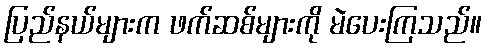
ပြည်နယ်များက ဖက်ဆစ်များကို မဲပေးကြသည်။